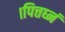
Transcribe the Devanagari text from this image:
।पित्तघ्नं